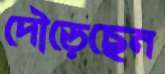
দৌড়েছেন